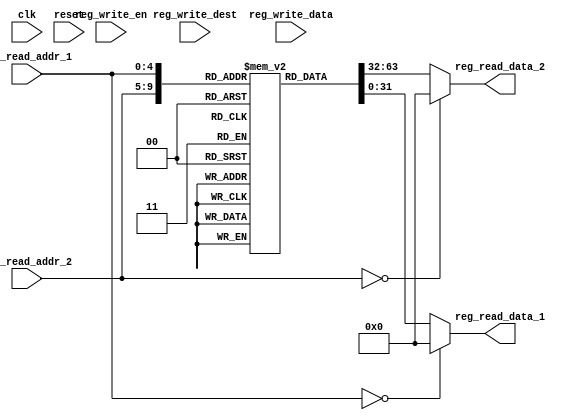
module register_file(
    input clk,
    input reset,
    input reg_write_en,
    input [4:0] reg_write_dest,
    input [31:0] reg_write_data,
    input [4:0] reg_read_addr_1,
    output [31:0] reg_read_data_1,
    input [4:0] reg_read_addr_2,
    output [31:0] reg_read_data_2
    );
	 
	 reg     [31:0]     regMem [31:0];  
      // write port  
      //reg [2:0] i;
		initial  
			begin
					   regMem[0]  <= 32'b 000000000000000000000000000000;
						regMem[1]  <= 32'b 000000000000000000000000000001;
						regMem[2]  <= 32'b 000000000000000000000000000010;
						regMem[3]  <= 32'b 000000000000000000000000000011;
						regMem[4]  <= 32'b 000000000000000000000000000100;
						regMem[5]  <= 32'b 000000000000000000000000000101;
						regMem[6]  <= 32'b 000000000000000000000000000110;
						regMem[7]  <= 32'b 000000000000000000000000000111;
						regMem[8]  <= 32'b 000000000000000000000000001000;
						regMem[9]  <= 32'b 000000000000000000000000001001;
						regMem[10]  <= 32'b 000000000000000000000000001010;
						regMem[11]  <= 32'b 000000000000000000000000001011;
						regMem[12]  <= 32'b 000000000000000000000000001100;
						regMem[13]  <= 32'b 000000000000000000000000001101;
						regMem[14]  <= 32'b 000000000000000000000000001110;
						regMem[15]  <= 32'b 000000000000000000000000001111;
						regMem[16]  <= 32'b 000000000000000000000000010000;
						regMem[17]  <= 32'b 000000000000000000000000010001;
						regMem[18]  <= 32'b 000000000000000000000000010010;
						regMem[19]  <= 32'b 000000000000000000000000010011;
						regMem[20]  <= 32'b 000000000000000000000000010100;
						regMem[21]  <= 32'b 000000000000000000000000010101;
						regMem[22]  <= 32'b 000000000000000000000000010110;
						regMem[23]  <= 32'b 000000000000000000000000010111;
						regMem[24]  <= 32'b 000000000000000000000000011000;
						regMem[25]  <= 32'b 000000000000000000000000011001;
						regMem[26]  <= 32'b 000000000000000000000000011010;
						regMem[27]  <= 32'b 000000000000000000000000011011;
						regMem[28]  <= 32'b 000000000000000000000000011100;
						regMem[29]  <= 32'b 000000000000000000000000011101;
						regMem[30]  <= 32'b 000000000000000000000000011110;
						regMem[31]  <= 32'b 000000000000000000000000011111;


				end
      /*always @ (posedge clk or posedge reset) 
			begin  
				if(reset) begin
                regMem[0]  <= 32'b00000000000000000000000000000000;
					 regMem[1]  <= 32'b00000000000000000000000000000000;
				    regMem[2]  <= 32'b00000000000000000000000000000000;
				    regMem[3]  <= 32'b00000000000000000000000000000000;
					 regMem[4]  <= 32'b00000000000000000000000000000000;
					 regMem[5]  <= 32'b00000000000000000000000000000000;
					 regMem[6]  <= 32'b00000000000000000000000000000000;
					 regMem[7]  <= 32'b00000000000000000000000000000000;
					 regMem[8]  <= 32'b00000000000000000000000000000000;
					 regMem[9]  <= 32'b00000000000000000000000000000000;
					 regMem[10] <= 32'b00000000000000000000000000000000;
					 regMem[11] <= 32'b00000000000000000000000000000000;
				    regMem[12] <= 32'b00000000000000000000000000000000;
				    regMem[13] <= 32'b00000000000000000000000000000000;
					 regMem[14] <= 32'b00000000000000000000000000000000;
					 regMem[15] <= 32'b00000000000000000000000000000000;
					 regMem[16] <= 32'b00000000000000000000000000000000;
					 regMem[17] <= 32'b00000000000000000000000000000000;
					 regMem[18] <= 32'b00000000000000000000000000000000;
					 regMem[19] <= 32'b00000000000000000000000000000000;
					 regMem[20] <= 32'b00000000000000000000000000000000;
					 regMem[21] <= 32'b00000000000000000000000000000000;
				    regMem[22] <= 32'b00000000000000000000000000000000;
				    regMem[23] <= 32'b00000000000000000000000000000000;
					 regMem[24] <= 32'b00000000000000000000000000000000;
					 regMem[25] <= 32'b00000000000000000000000000000000;
					 regMem[26] <= 32'b00000000000000000000000000000000;
					 regMem[27] <= 32'b00000000000000000000000000000000;
					 regMem[28] <= 32'b00000000000000000000000000000000;
					 regMem[29] <= 32'b00000000000000000000000000000000;
					 regMem[30] <= 32'b00000000000000000000000000000000;
					 regMem[31] <= 32'b00000000000000000000000000000000;
					 
					 end
    
             else 
						begin  
							 if(reg_write_en) begin  
									regMem[reg_write_dest] <= reg_write_data;  
							 end  
						end    
           end*/
        
      assign reg_read_data_1 = ( reg_read_addr_1 == 0)? 32'b0 : regMem[reg_read_addr_1];  
      assign reg_read_data_2 = ( reg_read_addr_2 == 0)? 32'b0 : regMem[reg_read_addr_2];


endmodule